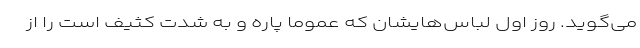
می‌گوید. روز اول لباس‌هایشان که عموماً پاره و به شدت کثیف است را از